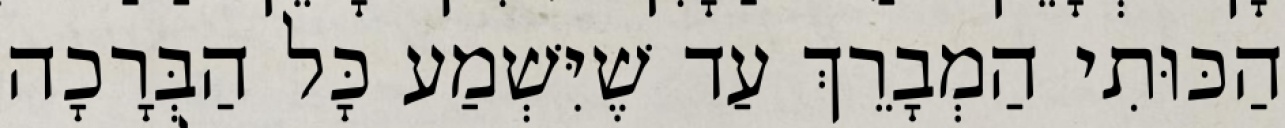
הַכּוּתִי הַמְבָרֵךְ עַד שֶׁיִּשְׁמַע כָּל הַבְּרָכָה